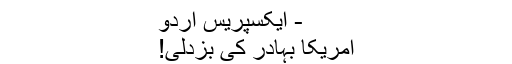
- ایکسپریس اردو
امریکا بہادر کی بزدلی!